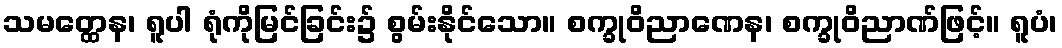
သမတ္ထေန၊ ရူပါ ရုံကိုမြင်ခြင်း၌ စွမ်းနိုင်သော။ စက္ခုဝိညာဏေန၊ စက္ခုဝိညာဏ်ဖြင့်။ ရူပံ၊